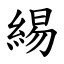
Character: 緆